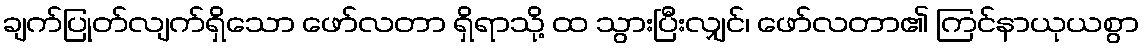
ချက်ပြုတ်လျက်ရှိသော ဖော်လတာ ရှိရာသို့ ထ သွားပြီးလျှင်၊ ဖော်လတာ၏ ကြင်နာယုယစွာ